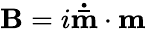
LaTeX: \mathbf{B}=i\mathbf{\dot{\bar{m}}}\cdot\mathbf{m}